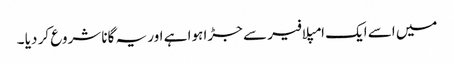
میں اسے ایک امپلافیر سے جڑا ہوا ہے اور یہ گانا شروع کر دیا ۔